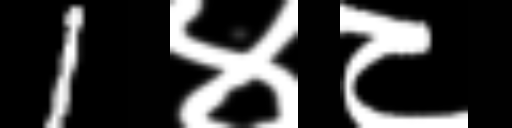
Text: 1४८